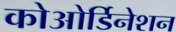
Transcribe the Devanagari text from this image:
कोओर्डिनेशन